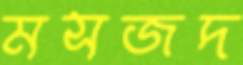
মসজদ